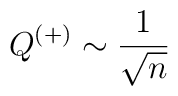
Q^{(+)} \sim \frac{1}{\sqrt{n}}